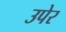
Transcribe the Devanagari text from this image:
उपेर